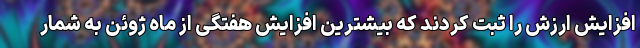
افزایش ارزش را ثبت کردند که بیشترین افزایش هفتگی از ماه ژوئن به شمار